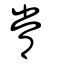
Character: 常